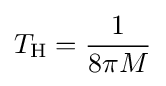
T_{\text{H}}={\frac {1}{8\pi M}}